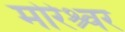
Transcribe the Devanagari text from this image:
मोरेश्र्वर